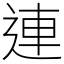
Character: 連